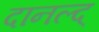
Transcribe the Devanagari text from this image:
दानल्द्